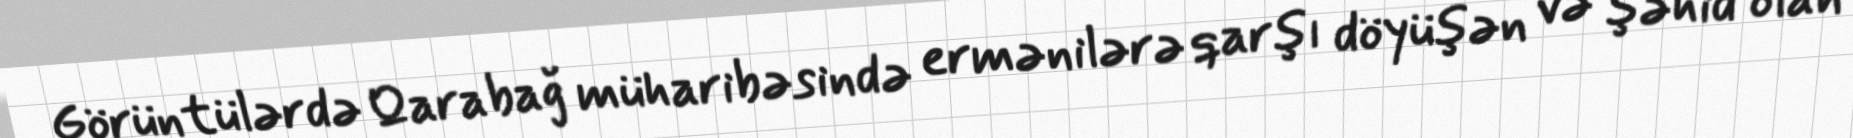
Görüntülərdə Qarabağ müharibəsində ermənilərə qarşı döyüşən və şəhid olan